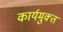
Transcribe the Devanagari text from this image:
कार्यमुक्‍त